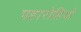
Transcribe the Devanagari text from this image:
पहारोहियों